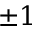
\pm 1